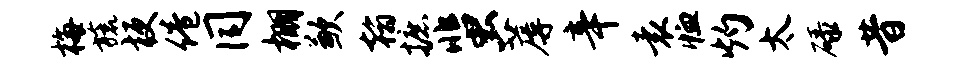
梅旒梗倦同棚歉翰摭蜚蓐辛袁恤灼太碌昔